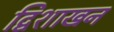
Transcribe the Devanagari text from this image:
द्विशाखन